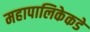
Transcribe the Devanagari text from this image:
महापालिकेकडे